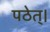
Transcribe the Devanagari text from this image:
पठेत्।